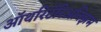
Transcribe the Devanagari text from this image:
ऑथरिटॅरिअनिझम